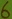
Text: 6